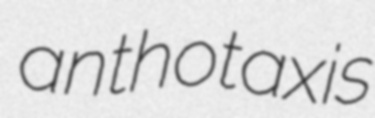
anthotaxis